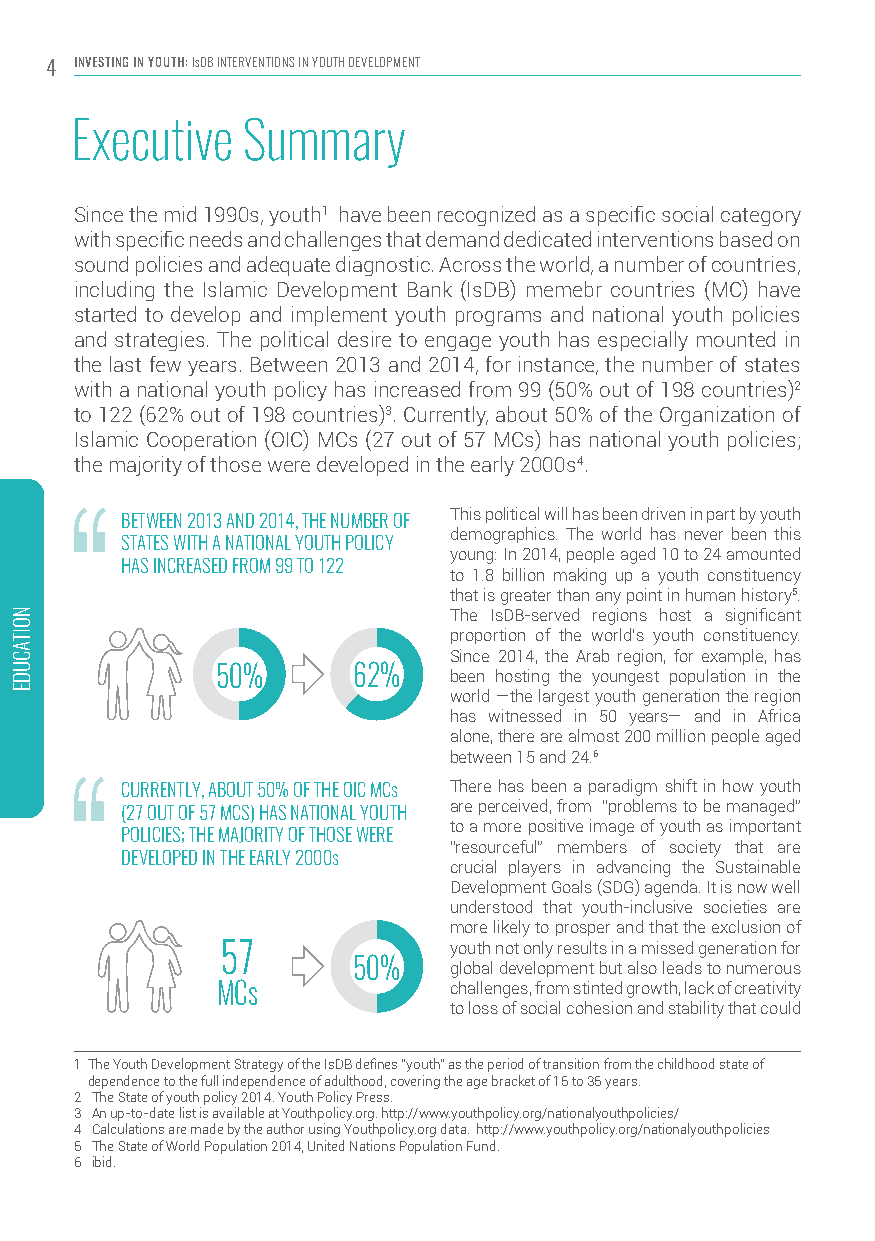
4 INVESTING IN YOUTH: IsDB INTERVENTIONS IN YOUTH DEVELOPMENT
 Executive  Summary
 Since the mid 1990s, youth1 have been recognized as a specific social category
 with specific needs and challenges that demand dedicated interventions based on
 sound policies and adequate diagnostic. Across the world, a number of countries,
 including the Islamic Development Bank (IsDB) memebr countries (MC) have
 started to develop and implement youth programs and national youth policies
 and strategies. The political desire to engage youth has especially mounted in
 the last few years. Between 2013 and 2014, for instance, the number of states
 with a national youth policy has increased from 99 (50% out of 198 countries)2
 to 122 (62% out of 198 countries)3. Currently, about 50% of the Organization of
 Islamic Cooperation (OIC) MCs (27 out of 57 MCs) has national youth policies;
 the majority of those were developed in the early 2000s4.
 This political will has been driven in part by youth
 BETWEEN 2013 AND 2014, THE NUMBER OF
 demographics. The world has never been this
 STATES WITH A NATIONAL YOUTH POLICY
 young: In 2014, people aged 10 to 24 amounted
 HAS INCREASED FROM 99 TO 122
 to 1.8 billion making up a youth constituency
 that is greater than any point in human history5.
 The IsDB-served regions host a significant
 proportion of the world’s youth constituency.
 Since 2014, the Arab region, for example, has
 50%      62%    been hosting the youngest population in the
 world —the largest youth generation the region
 has witnessed in 50 years— and in Africa
 alone, there are almost 200 million people aged
 between 15 and 24.6
 CURRENTLY, ABOUT 50% OF THE OIC MCs There has been a paradigm shift in how youth
 (27 OUT OF 57 MCS) HAS NATIONAL YOUTH are perceived, from “problems to be managed”
 to a more positive image of youth as important
 POLICIES; THE MAJORITY OF THOSE WERE
 “resourceful” members of society that are
 DEVELOPED IN THE EARLY 2000s
 crucial players in advancing the Sustainable
 Development Goals (SDG) agenda. It is now well
 understood that youth-inclusive societies are
 more likely to prosper and that the exclusion of
 57             youth not only results in a missed generation for
 50%    global development but also leads to numerous
 MCs             challenges, from stinted growth, lack of creativity
 to loss of social cohesion and stability that could
 1 The Youth Development Strategy of the IsDB defines “youth” as the period of transition from the childhood state of
 dependence to the full independence of adulthood, covering the age bracket of 15 to 35 years.
 2 The State of youth policy 2014. Youth Policy Press.
 3 An up-to-date list is available at Youthpolicy.org. http://www.youthpolicy.org/nationalyouthpolicies/
 4 Calculations are made by the author using Youthpolicy.org data. http://www.youthpolicy.org/nationalyouthpolicies
 5 The State of World Population 2014, United Nations Population Fund.
 6 ibid.
 NOITACUDE